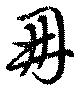
冊